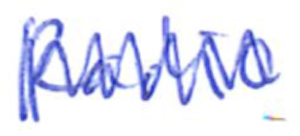
Text: Radio
Cross-out: zig-zag
Writing tool: ballpoint